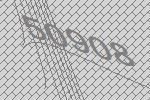
50908